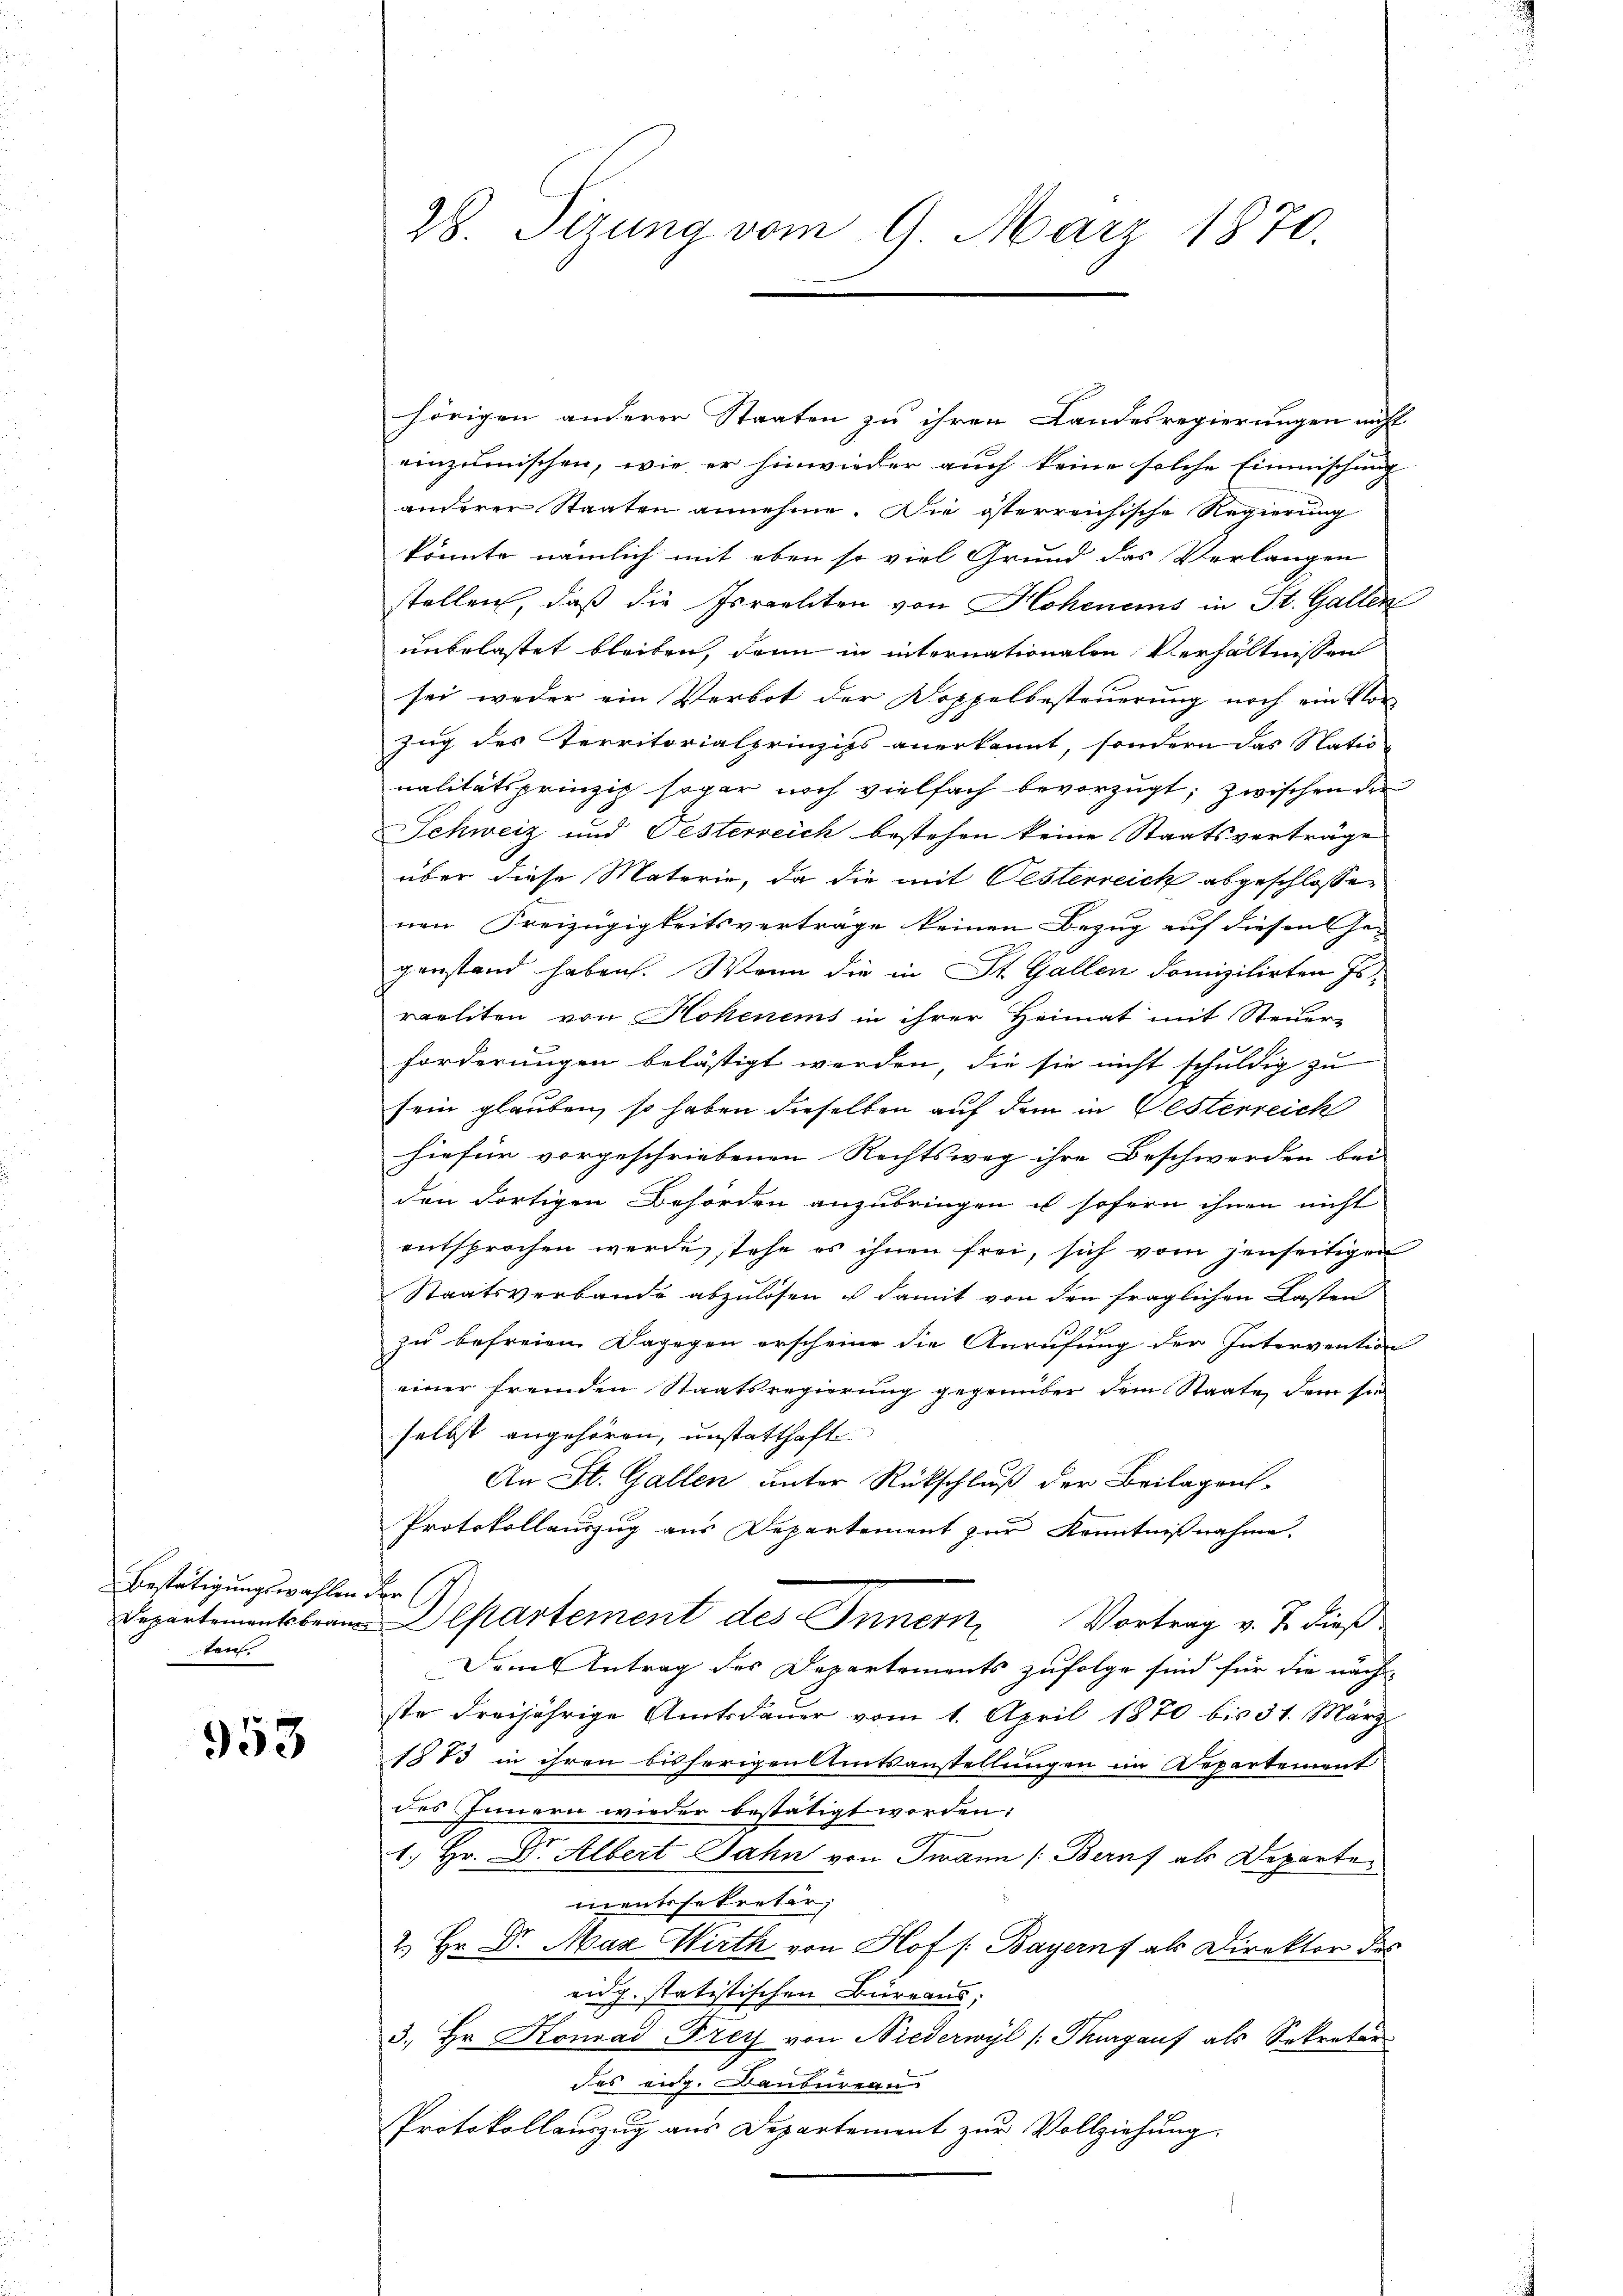
Bestätigungswahlen der C
ten

953

hörigen anderer Staaten zu ihren Landesregierungen nicht
einzumischen, wie er hinwieder auch keine solche Einmischung
anderer Staaten annehme. Die österreichische Regierung
könnte nämlich mit eben so viel Grund das Verlangen
stellen, daß die Israeliten von Hohenens in St. Gallen
unbelastet bleiben, dann in internationalen Verhältnissen
sei weder ein Verbot der Doppelbesteuerung noch ein Vor-
Zug des Territorialprinzips anerkannt, sondern das Natio
nalitätsprinzip sogar noch vielfach bevorzugt, zwischen der
Schweiz und Oesterreich bestehen keine Staatsverträge
über diese Materie, da die mit Oesterreich abgeschlossen
nen Freizügigkeitsvertrage keinen Bezug auf diesen Ge-
genstand haben. Wenn die in St. Gallen Domizilirten Es
raeliten von Hohenems in ihrer Heimat mit Steuer-
forderungen belästigt werden, die sie nicht schuldig zu
sein glauben, so haben dieselben auf dem in Gesterreich
hiefür vorgeschriebenen Rechtsweg ihre Beschwerden bei
den dortigen Behörden anzubringen u sofern ihnen nicht
entsprochen werde, stehe es ihnen frei, sich vom jenseitigen
Staatsverbande abzulösen u damit von den fraglichen Kasten
pu
zu befreien. Dagegen erscheine die Anrufung der Intervention
einer fremden Staatsregierung gegenüber dem Staate, dem sie
selbst angehören, unstatthaft
An St. Gallen unter Rückschluß der Beilagens-
Protokollauszug aus Departement zur Kenntnißnahme.
Departemontsbeanspartement des Innern
Vortrag v. B. dieß
Dem Antrag des Departements zufolge sind für die näch
ste dreijährige Amtsdauer vom 1. April 1870 bis 31. März
1883 in ihren bisherigen Amtsanstellungen im Repartement
des Innern wieder bestätigt worden.
1. Hr. Dr. Albert Jahn von Twann (Beruf als Departementssekretär,
2.) Hr. Dr. Max Wirth von Hof /: Bayernf als Direktor des
eidg. statistischen Bureaus;
3. Hr. Konrad Frey von Niederwyl /: Thurgauf als Sekretär
des eidg. Canbureau
Protokollauszug aus Departement zŭr Vollziehŭng.

28. Sizung vom 9. März 1870.